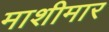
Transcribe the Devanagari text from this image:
माशीमार